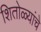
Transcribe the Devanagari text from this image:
शितोळ्यांचे